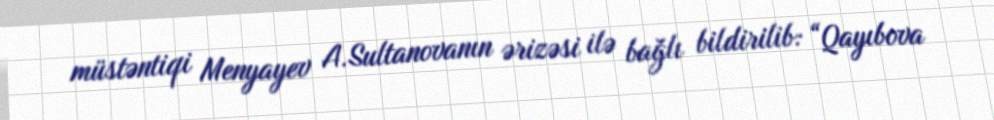
müstəntiqi Menyayev A.Sultanovanın ərizəsi ilə bağlı bildirilib: “Qayıbova